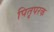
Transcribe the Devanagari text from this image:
पितृपरक